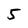
Character: 5